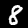
Label: 8